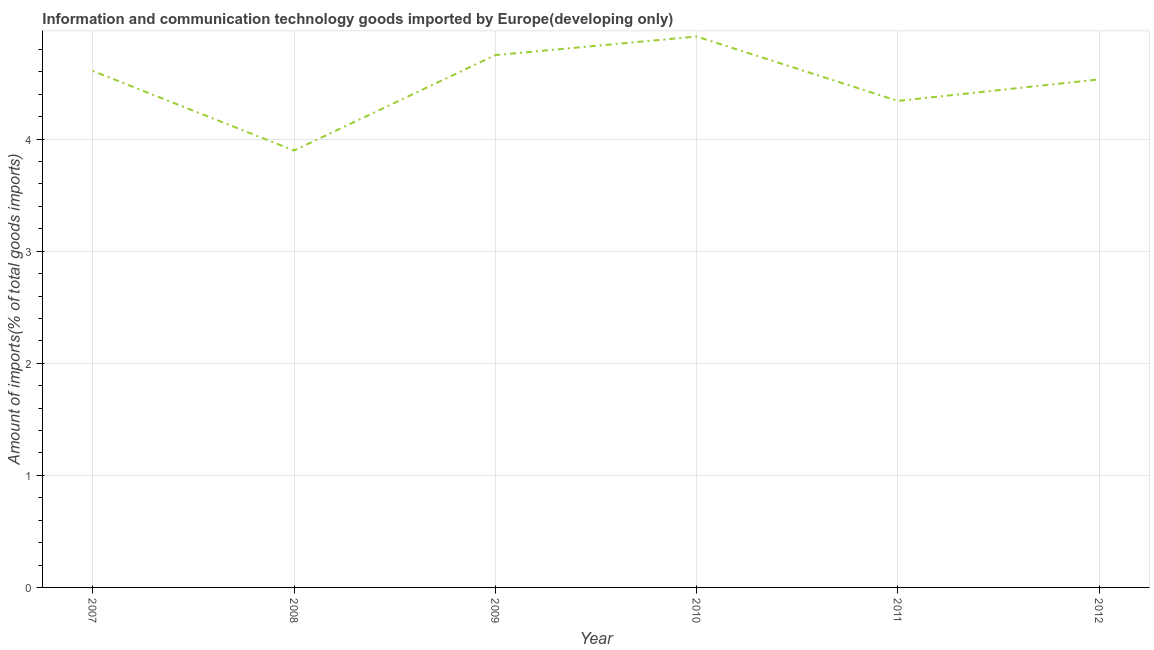
| Year | ICT goods imports |
 | --- | --- |
 | 2007 | 4.61 |
 | 2008 | 3.9 |
 | 2009 | 4.75 |
 | 2010 | 4.92 |
 | 2011 | 4.34 |
 | 2012 | 4.53 |